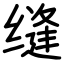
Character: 缝